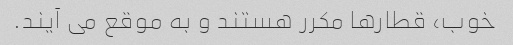
خوب، قطارها مکرر هستند و به موقع می آیند.